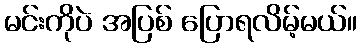
မင်းကိုပဲ အပြစ် ပြောရလိမ့်မယ်။